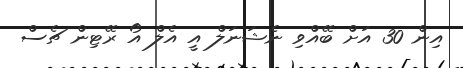
އިން 30 އަށް ބޭއްވި ނެޝަނަލް އީ އެލް އޯ ރޭޓިން ޗެސް